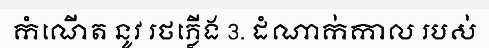
កំណើត នូវ រថភ្លើង 3. ដំណាក់កាល របស់